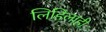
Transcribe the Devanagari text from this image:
लिहिलाही